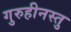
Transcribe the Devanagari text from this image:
गुरुहीनस्तु